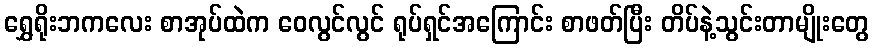
ရွှေရိုးဘကလေး စာအုပ်ထဲက ဝေလွင်လွင် ရုပ်ရှင်အကြောင်း စာဖတ်ပြီး တိပ်နဲ့သွင်းတာမျိုးတွေ